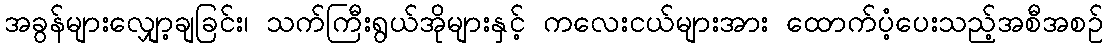
အခွန်များလျှော့ချခြင်း၊ သက်ကြီးရွယ်အိုများနှင့် ကလေးငယ်များအား ထောက်ပံ့ပေးသည့်အစီအစဉ်